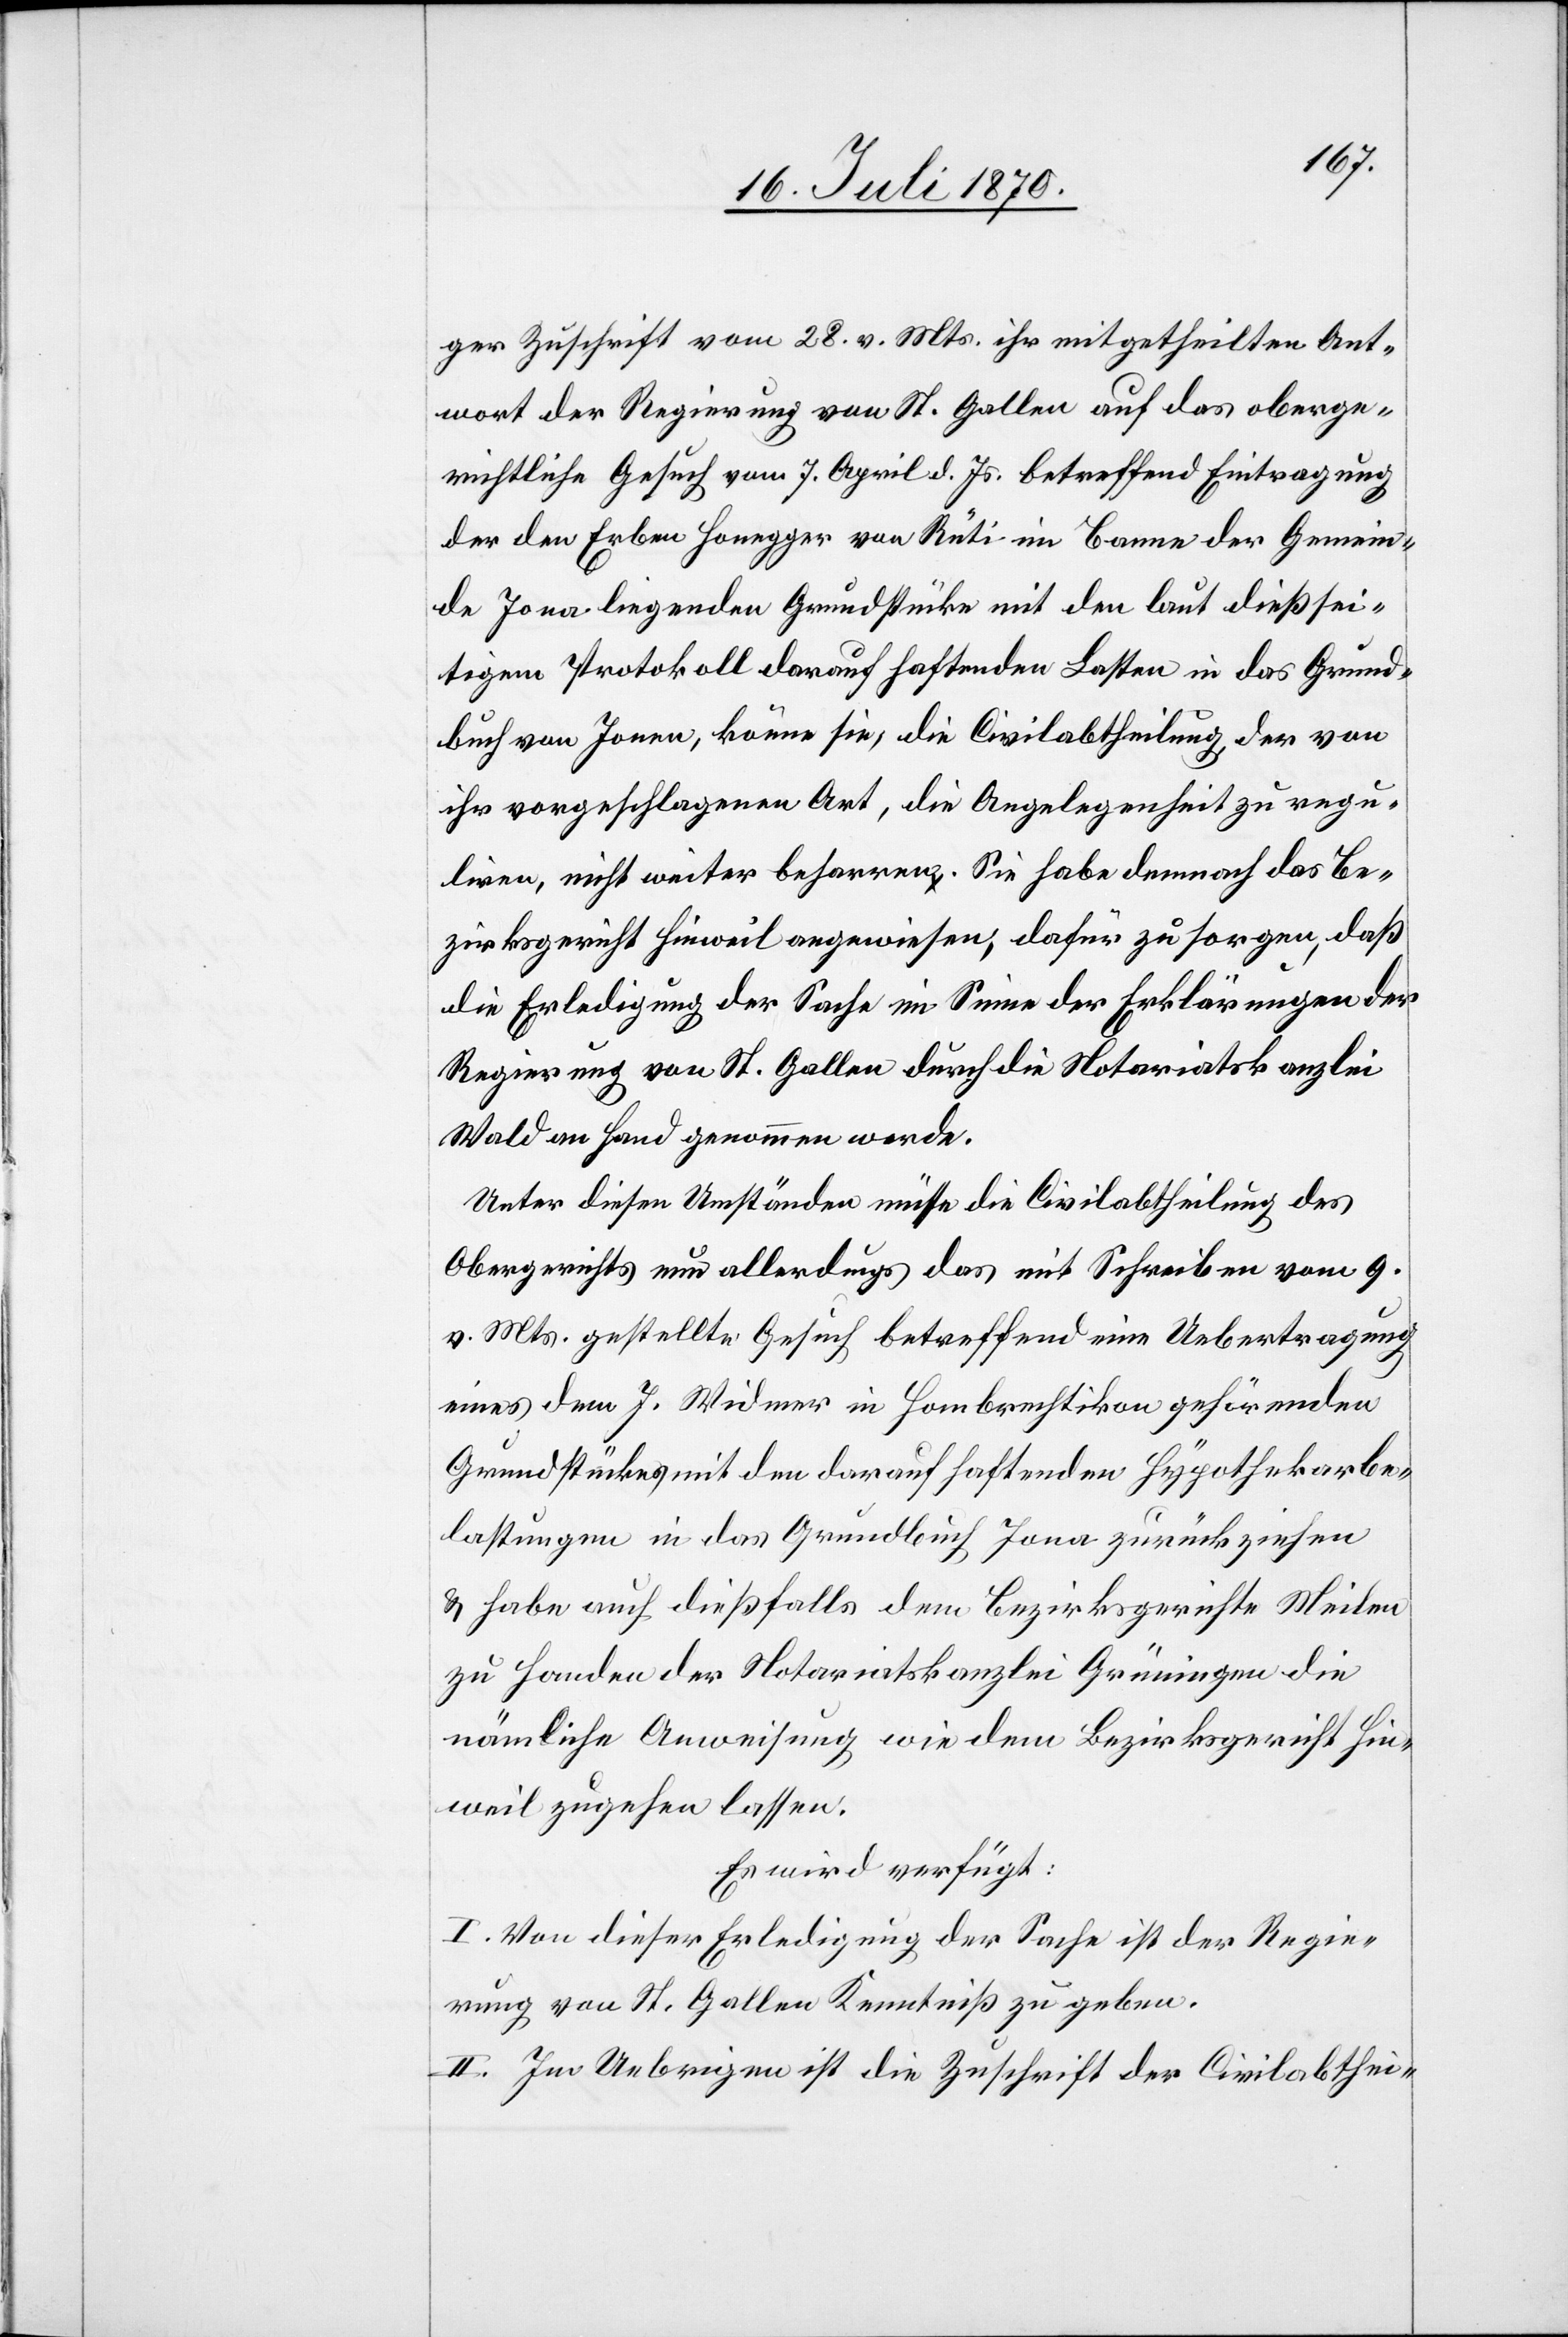
[ti]ger Zuschrift vom 28. v. Mts. ihr mitgetheilten Ant¬
wort der Regierung von St. Gallen auf das oberge¬
richtliche Gesuch vom 7. April d. Js. betreffend Eintragung
der den Erben Honegger von Rüti im Banne der Gemein¬
de Jona liegenden Grundstücke mit den laut dießsei¬
tigem Protokoll darauf haftenden Lasten in das Grund¬
buch von Jona, könne sie, die Civilabtheilung, [auf] der von
ihr vorgeschlagenen Art, die Angelegenheit zu regu¬
liren, nicht weiter beharren. Sie habe demnach das Be¬
zirksgericht Hinweil angewiesen, dafür zu sorgen, daß
die Erledigung der Sache im Sinne der Erklärungen der
Regierung von St. Gallen durch die Notariatskanzlei
Wald an Hand genommen werde.
Unter diesen Umständen müsse die Civilabtheilung des
Obergerichtes allerdings das mit Schreiben vom 9.
v. Mts. gestellte Gesuch betreffend eine Uebertragung
eines dem J. Widmer in Hombrechtikon gehörenden
Grundstückes mit den darauf haftenden Hypothekarbe¬
lastungen in das Grundbuch Jona zurückziehen
& habe auch dießfalls dem Bezirksgerichte Meilen
zu Handen der Notariatskanzlei Grüningen die
nämliche Anweisung wie dem Bezirksgericht Hin¬
weil zugehen lassen.
Es wird verfügt:
I. Von dieser Erledigung der Sache ist der Regie¬
rung von St. Gallen Kenntniß zu geben.
II. Im Uebrigen ist die Zuschrift der Civilabthei-